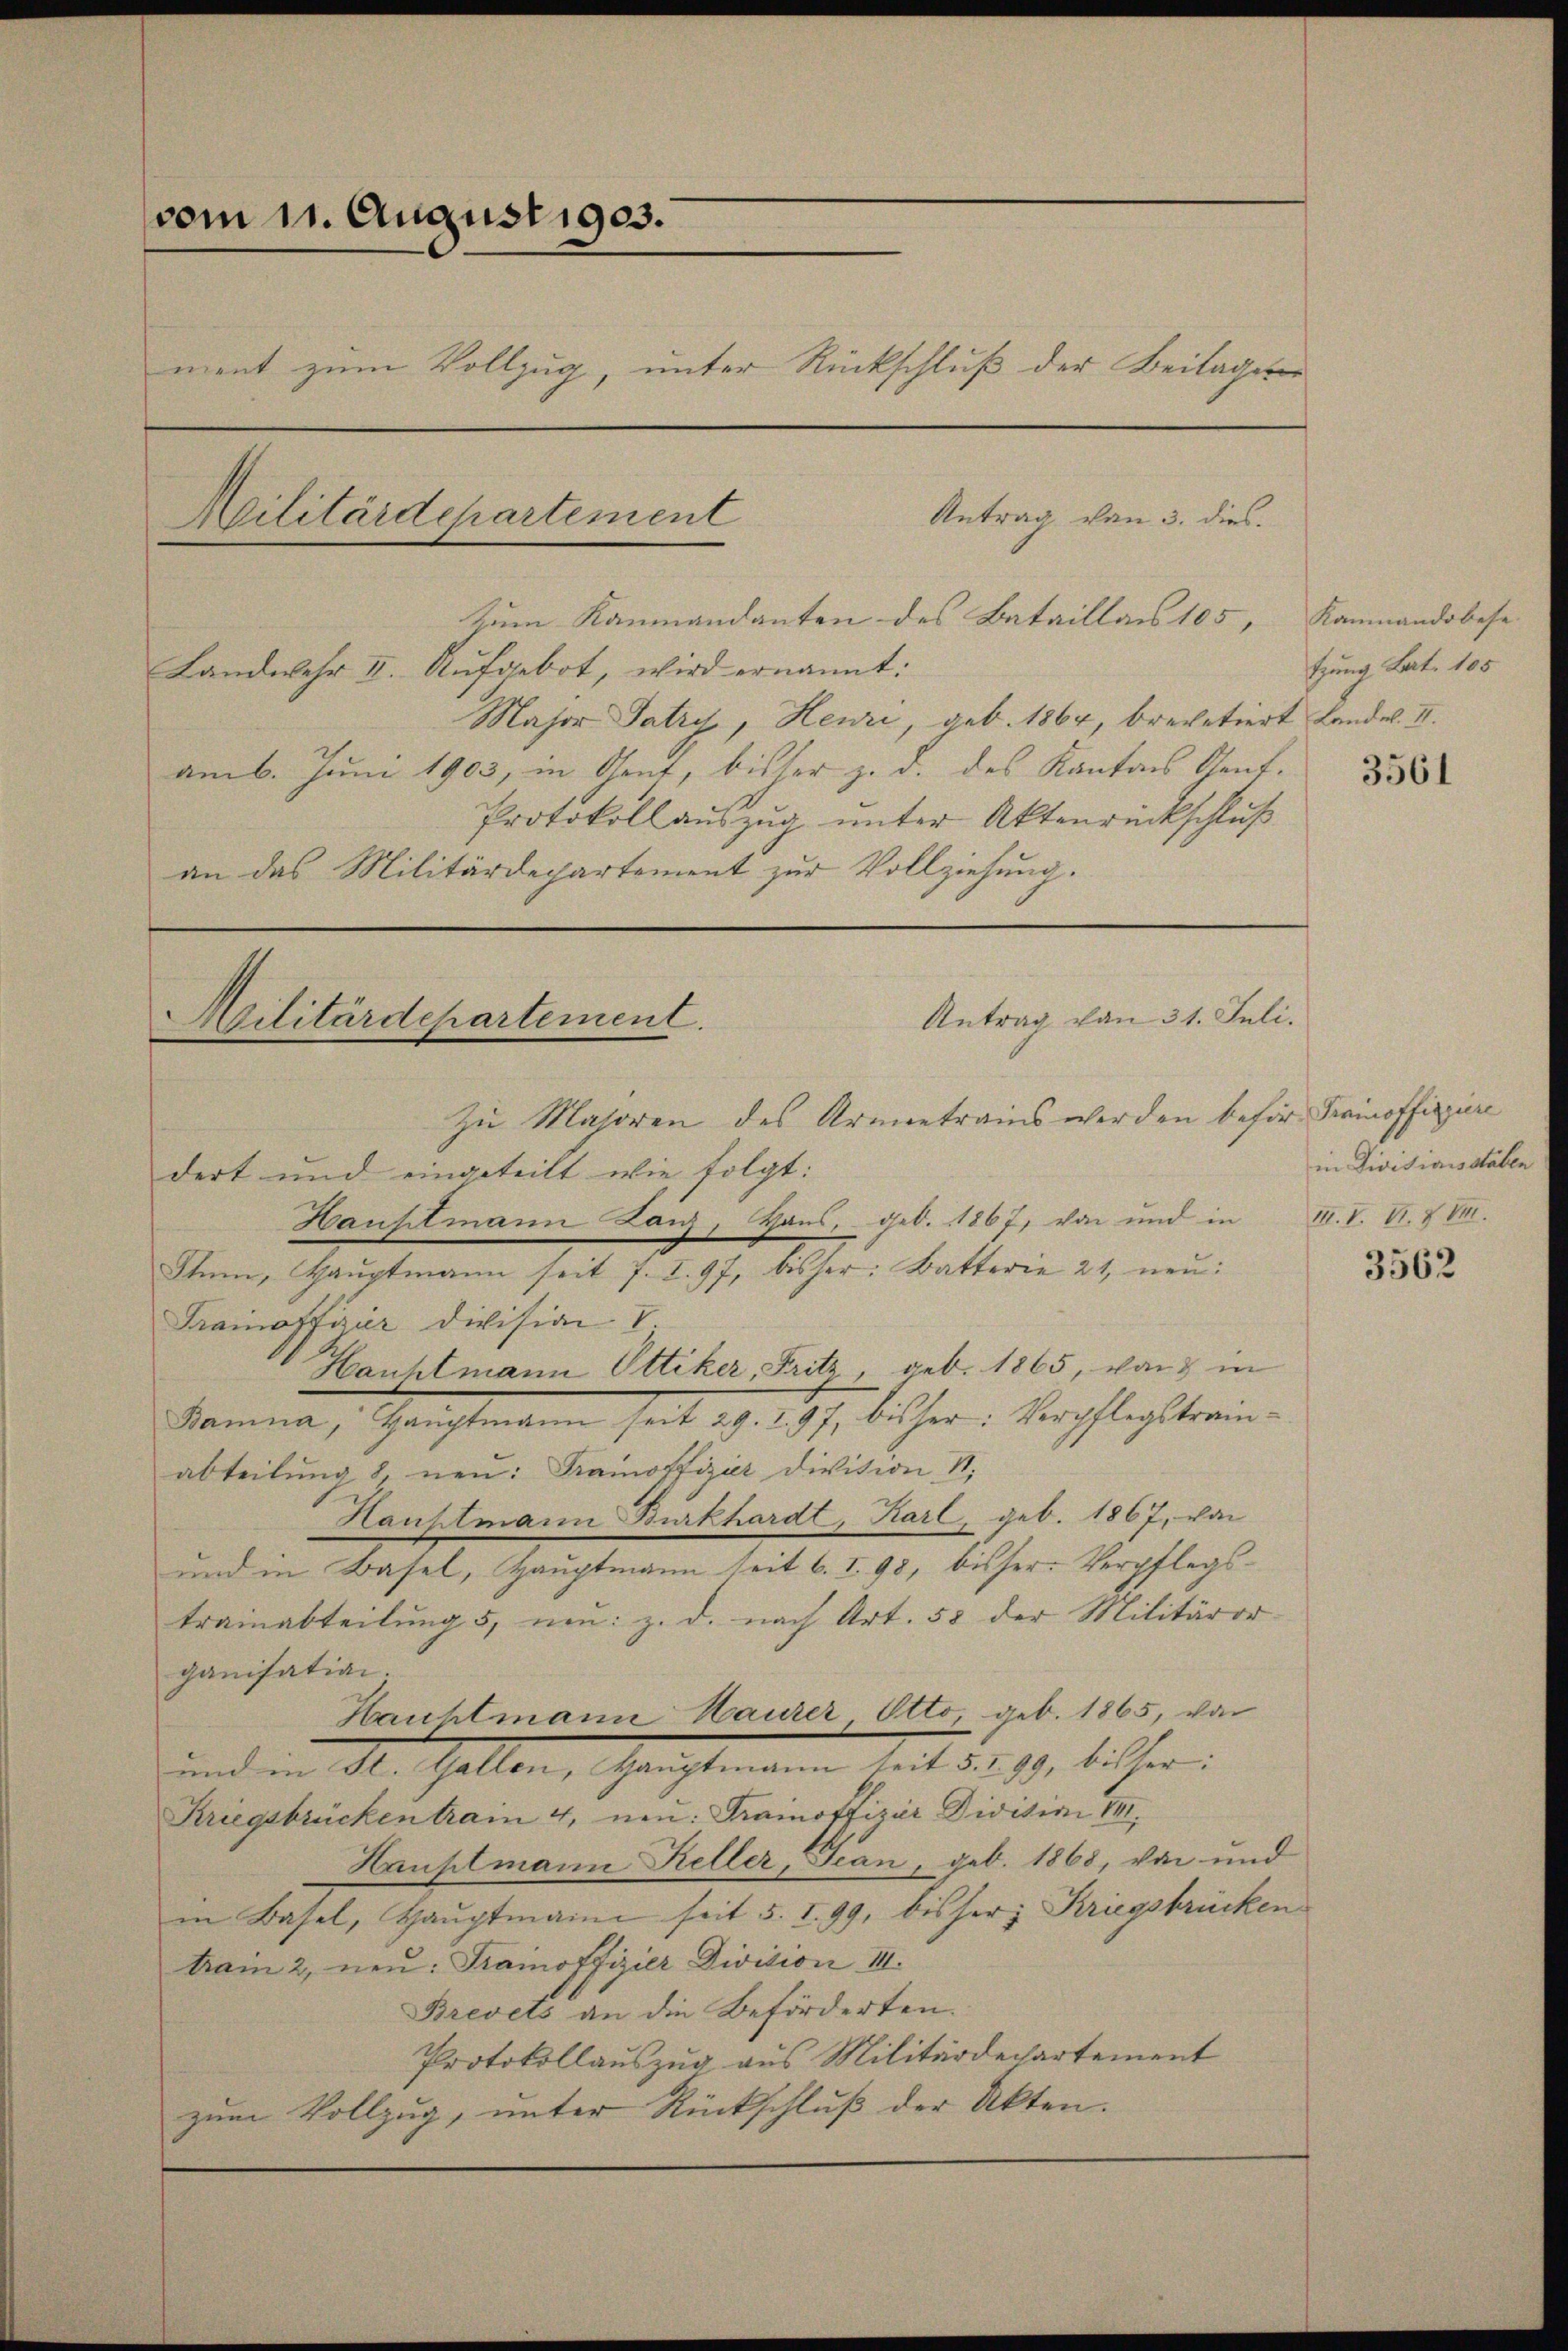
vom 11. August 1903.
ment zum Vollzug, unter Rückschluß der Beilage
Antrag von 3. dies
Militärdepartement

Zum Kanmandanten des Bataillais 105, Rammandobese
Landwehr II. Aufgebot, wird ernannt:
Major Tatry, Henzi, geb. 1864, brevetiert Landw. II.
am 6. Juni 1903, in Sont, bisher z. d. des Kantons Genf.
Protokoll auszug unter Aktenrückschluß
an das Militärdepartement zur Vollziehung.

Antrag von 31. Juli.
Militärdepartement.
Zu Majoren des Armeetrains werden befür Trainoffiziere

dert und eingeteilt wie folgt:
Hauptmann Lanz, Haus, geb. 1867, von und in III. V. B. Z VII.
Shum, Hauptmann seit 7. I. 97. bisher: Batterie 21, neu
Tramoffizier Division. V.
Hauhtmann Ottiker, Fritz, geb. 1865, von in
Bamna, Haŭptmann seit 29. I. 97, bisher: Verpflegstrain-
abteilŭng 8, neu: Franoffizier Divition N.
Hauptmann Burkhardt, Karl, geb. 1867, von
und in Basel, Hauptmann seit 6. I. 98, bisser. Verpflegstrainabteilung 5, um: z. d. nach Art. 58 der Militäror-
ganisation.
Hauhtmann Haurer Otto geb. 1865, von
und in St. Gallen, Gerichtenen seit der 19. bisheri
Kriegsbrücken tram 4. neu: Trainoffizier Diction III.
Hauptmann Keller, Jean, geb. 1868, von und
in Basel, Hauptmann seit 5. I. 99, bisher; Kriegsbrücken
train 2 neu: Trainoffizier Division III.
Brevets an die Beförderten.
Protokollauszug aus Militärdepartement
zum Vollzug, unter Rückschluß der Akten.

tzung Bat. 105

3561

in Divisionsstaben

3562